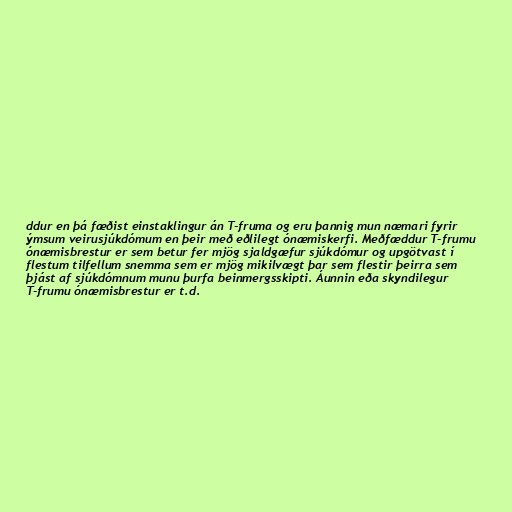
ddur en þá fæðist einstaklingur án T-fruma og eru þannig mun næmari fyrir
ýmsum veirusjúkdómum en þeir með eðlilegt ónæmiskerfi. Meðfæddur T-frumu
ónæmisbrestur er sem betur fer mjög sjaldgæfur sjúkdómur og upgötvast í
flestum tilfellum snemma sem er mjög mikilvægt þar sem flestir þeirra sem
þjást af sjúkdómnum munu þurfa beinmergsskipti. Áunnin eða skyndilegur
T-frumu ónæmisbrestur er t.d.